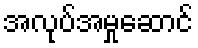
အလုပ်အမှုဆောင်